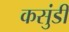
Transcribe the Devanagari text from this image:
कसुंडी